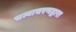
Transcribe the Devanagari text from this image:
सत्याचरणद्वारा